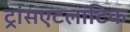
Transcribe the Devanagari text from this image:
ट्रांसएटलांटिक